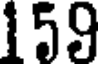
159